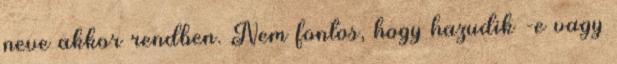
neve akkor rendben. Nem fontos, hogy hazudik -e vagy